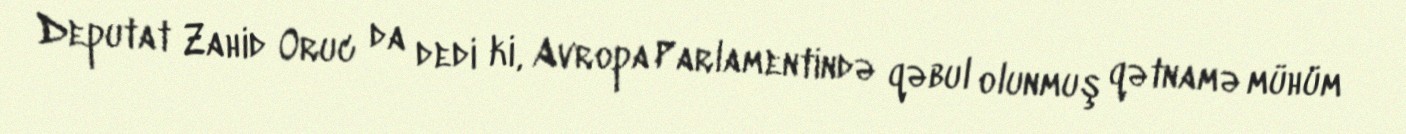
Deputat Zahid Oruc da dedi ki, Avropa Parlamentində qəbul olunmuş qətnamə mühüm